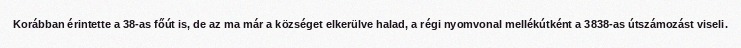
Korábban érintette a 38-as főút is, de az ma már a községet elkerülve halad, a régi nyomvonal mellékútként a 3838-as útszámozást viseli.